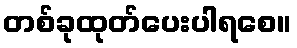
တစ်ခုထုတ်ပေးပါရစေ။